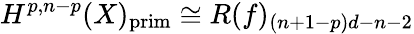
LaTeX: H^{p,n-p}(X)_{\mathrm{prim}}\cong R(f)_{(n+1-p)d-n-2}